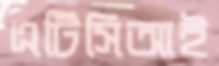
এটিসিআই